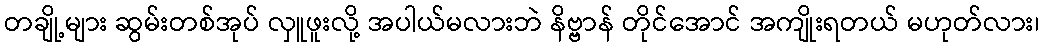
တချို့များ ဆွမ်းတစ်အုပ် လှူဖူးလို့ အပါယ်မလားဘဲ နိဗ္ဗာန် တိုင်အောင် အကျိုးရတယ် မဟုတ်လား၊